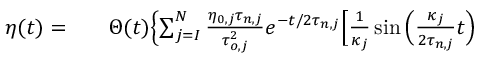
\begin{array} { r l r } { \eta ( t ) = } & { { } } & { \Theta ( t ) \Bigl \{ \sum _ { j = I } ^ { N } \frac { \eta _ { 0 , j } \tau _ { n , j } } { \tau _ { o , j } ^ { 2 } } e ^ { - t / 2 \tau _ { n , j } } \Bigl [ \frac { 1 } { \kappa _ { j } } \sin { \Bigl ( \frac { \kappa _ { j } } { 2 \tau _ { n , j } } t \Bigr ) } } \end{array}